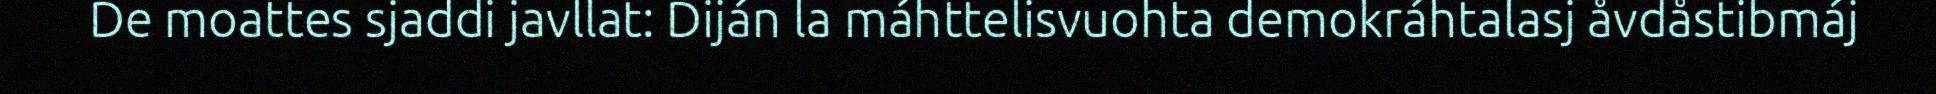
De moattes sjaddi javllat: Diján la máhttelisvuohta demokráhtalasj åvdåstibmáj